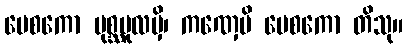
မေစကော ပုစ္ဆမူလမှိ၊ ကဏှေပိ မေစကော တိသု။